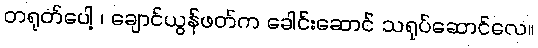
တရုတ်ပေါ့ ၊ ချောင်ယွန်ဖတ်က ခေါင်းဆောင် သရုပ်ဆောင်လေ။